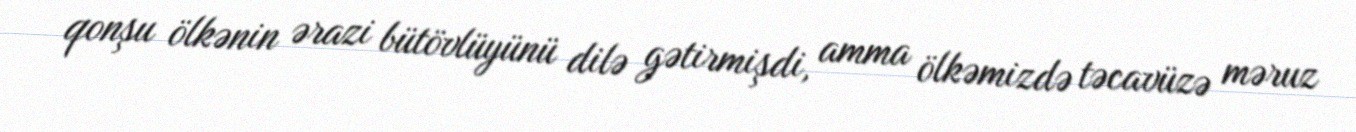
qonşu ölkənin ərazi bütövlüyünü dilə gətirmişdi, amma ölkəmizdə təcavüzə məruz